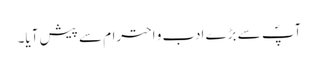
آپؐ سے بڑے ادب و احترام سے پیش آیا۔